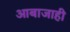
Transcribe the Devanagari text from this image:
आबाजाही